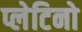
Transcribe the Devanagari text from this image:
प्लेटिनो